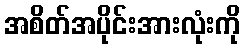
အစိတ်အပိုင်းအားလုံးကို